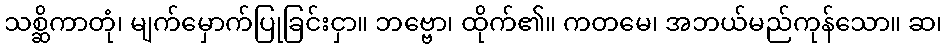
သစ္ဆိကာတုံ၊ မျက်မှောက်ပြုခြင်းငှာ။ ဘဗ္ဗော၊ ထိုက်၏။ ကတမေ၊ အဘယ်မည်ကုန်သော။ ဆ၊